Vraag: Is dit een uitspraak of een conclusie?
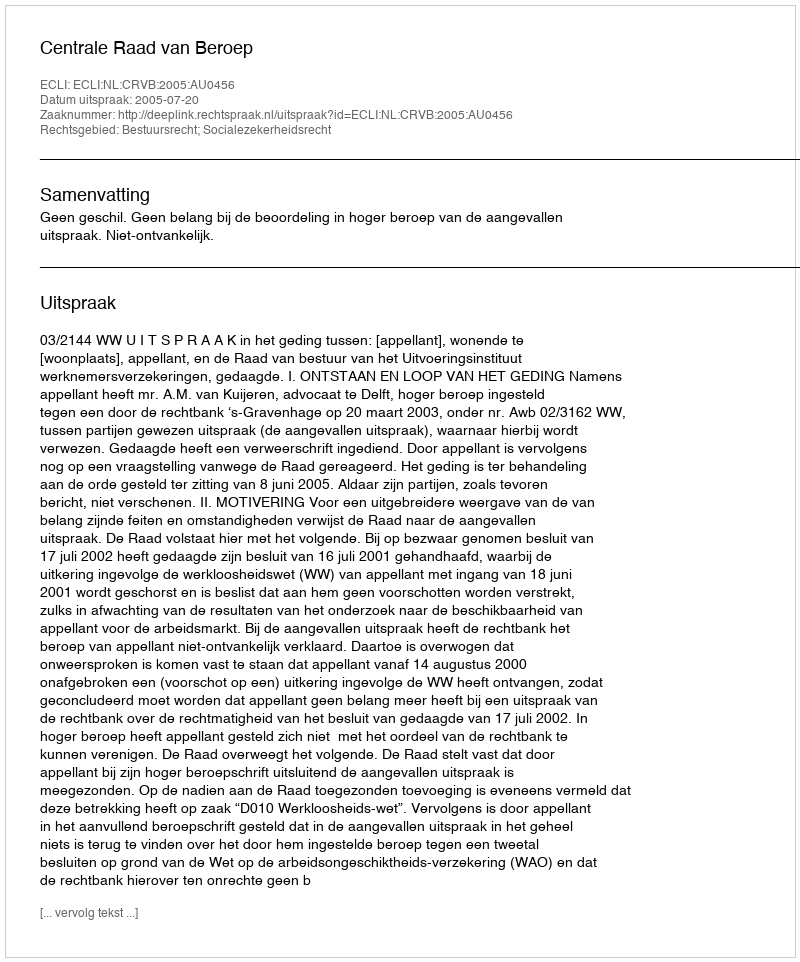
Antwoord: Uitspraak